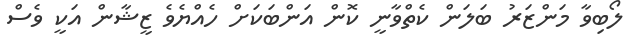
ލޯބިވާ މަންޒަރު ބަލަން ކެތްވާނީ ކޮން އަންބަކަށް ހެއްޔެވެ ޒީޝާން އަކީ ވެސް